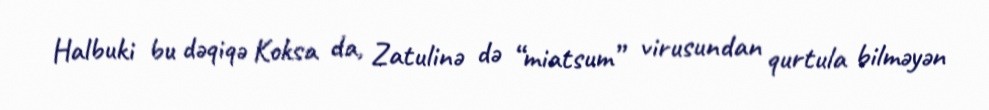
Halbuki bu dəqiqə Koksa da, Zatulinə də “miatsum” virusundan qurtula bilməyən